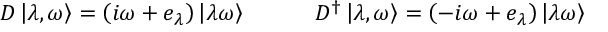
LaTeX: D \left| \lambda , \omega \right\rangle = \left( i \omega + e _ { \lambda } \right) \left| \lambda \omega \right\rangle \quad \quad \quad D ^ { \dagger } \left| \lambda , \omega \right\rangle = \left( - i \omega + e _ { \lambda } \right) \left| \lambda \omega \right\rangle